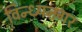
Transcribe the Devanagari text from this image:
विन्ध्यनगर